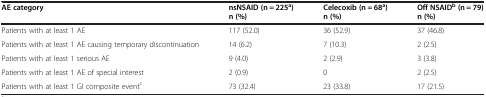
<table><thead><tr><td><b>AE category</b></td><td><b>nsNSAID (n = 225<sup>a</sup>) n (%)</b></td><td><b>Celecoxib (n = 68<sup>a</sup>) n (%)</b></td><td><b>Off NSAID<sup>b </sup>(n = 79) n (%)</b></td></tr></thead><tbody><tr><td>Patients with at least 1 AE</td><td>117 (52.0)</td><td>36 (52.9)</td><td>37 (46.8)</td></tr><tr><td>Patients with at least 1 AE causing temporary discontinuation</td><td>14 (6.2)</td><td>7 (10.3)</td><td>2 (2.5)</td></tr><tr><td>Patients with at least 1 serious AE</td><td>9 (4.0)</td><td>2 (2.9)</td><td>3 (3.8)</td></tr><tr><td>Patients with at least 1 AE of special interest</td><td>2 (0.9)</td><td>0</td><td>2 (2.5)</td></tr><tr><td>Patients with at least 1 GI composite event<sup>c</sup></td><td>73 (32.4)</td><td>23 (33.8)</td><td>17 (21.5)</td></tr></tbody></table>